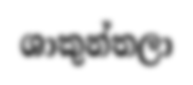
ශාකුන්තලා